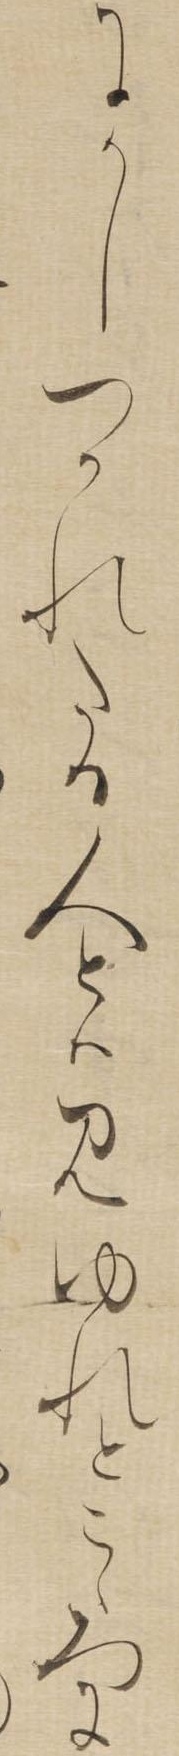
にかしつかれたる人とはみゆれとこゝろに